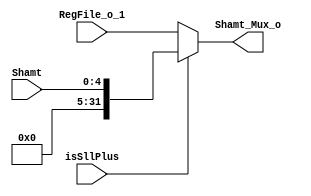
module Shamt_Mux(Shamt,RegFile_o_1,isSllPlus,Shamt_Mux_o);
  input[4:0] Shamt;
  input[31:0] RegFile_o_1;
  input isSllPlus;
  
  output[31:0] Shamt_Mux_o;
  
  assign Shamt_Mux_o=isSllPlus?{26'b0,Shamt}:RegFile_o_1;
  
  
endmodule